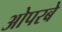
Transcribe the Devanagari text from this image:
ओपरबे